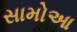
સામોઆ